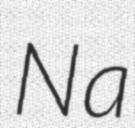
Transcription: Na